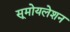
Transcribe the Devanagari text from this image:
सूमोयलेशन